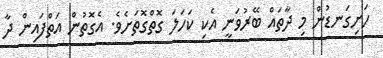
ހަށިގަނޑުން މި ދާތައް ބޭރުވަނީ އެކި ކަހަލަ ގޮތްގޮތަށެވެ. އެގޮތުން އަތްފައިން ދާ